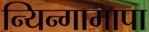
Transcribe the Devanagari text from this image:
न्यिन्गामापा